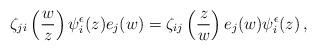
LaTeX: \begin{align*} \zeta_{ji}\left(\frac{w}{z}\right)\psi^\epsilon_i(z)e_j(w)=\zeta_{ij}\left(\frac{z}{w}\right)e_j(w)\psi^\epsilon_i(z) \,,\end{align*}